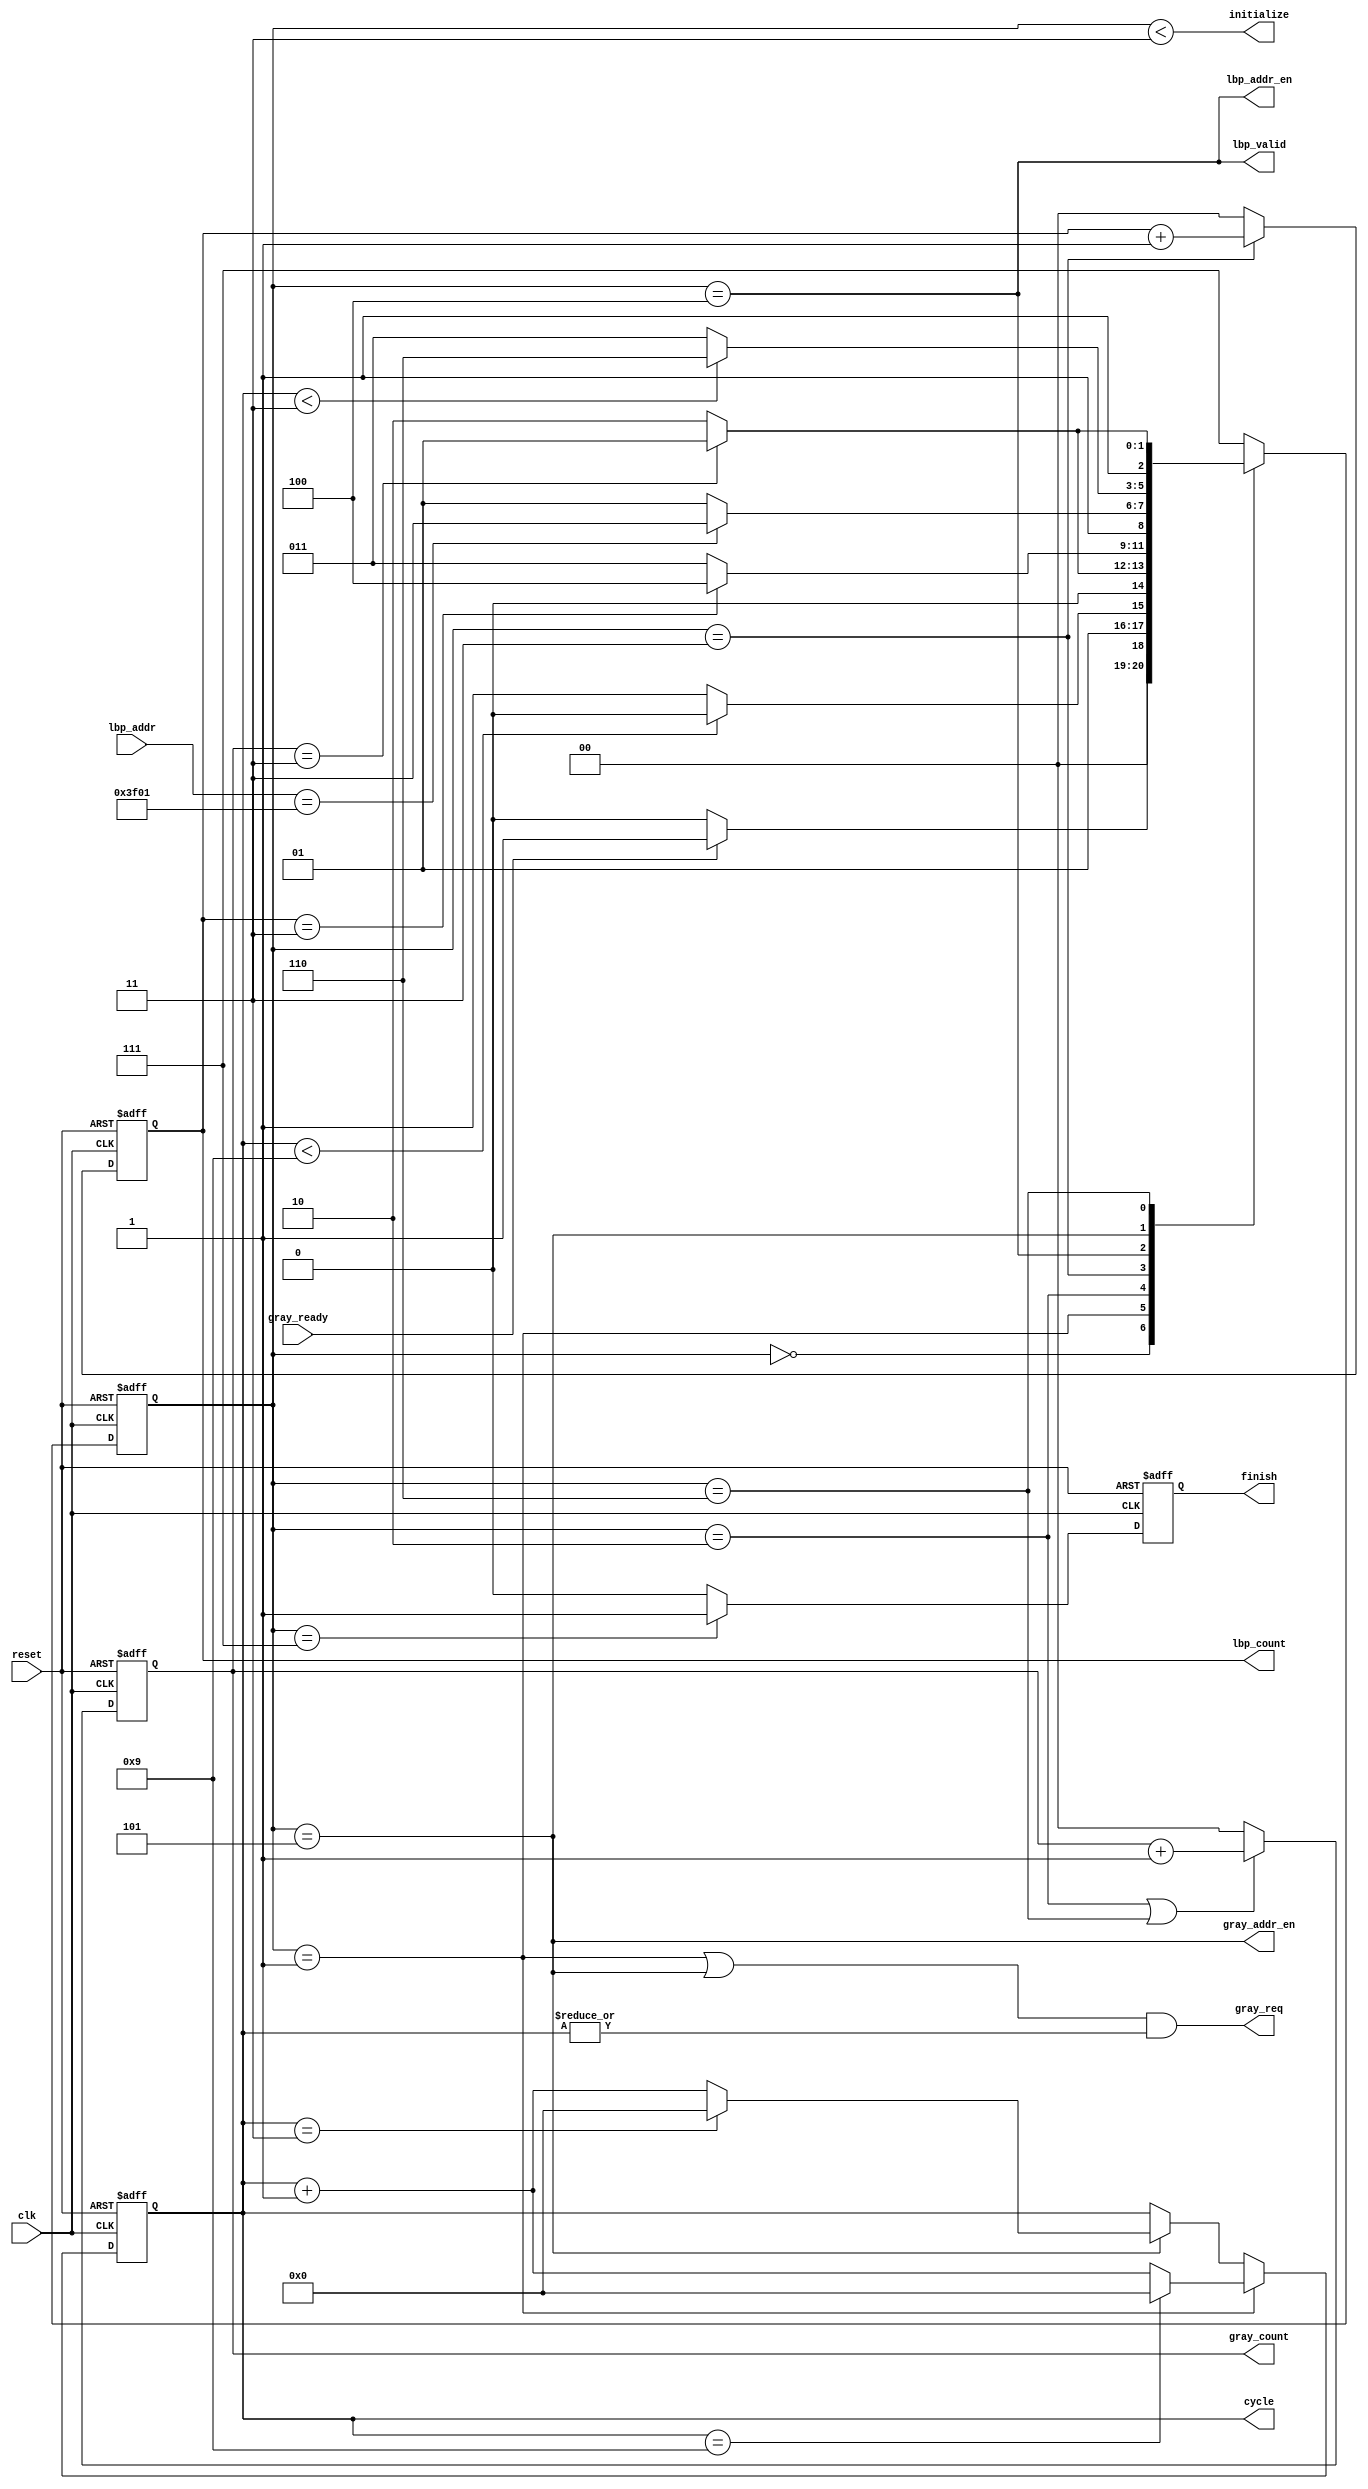
`timescale 1ns/10ps
module FSM(
    clk, reset,
    gray_ready, gray_req, lbp_addr, lbp_valid,
    gray_count, lbp_count, cycle,
    initialize, gray_addr_en, lbp_addr_en,
    finish
);
input clk, reset, gray_ready;
input [13:0] lbp_addr;
output initialize, gray_addr_en, lbp_addr_en, gray_req, lbp_valid;
output reg [3:0] cycle;
output reg [1:0] gray_count, lbp_count;
output reg finish;
reg [2:0] cs, ns;

always @(posedge clk or posedge reset) begin
    if (reset) begin
        cs <= 3'd0;
    end
    else begin
        cs <= ns;
    end
end
always @(*) begin
    case(cs)
        3'd0: ns = (gray_ready) ? 3'd1 : 3'd0;                  //initial state
        3'd1: ns = (cycle < 4'd9) ? 3'd2 : 3'd3;                //cycle increase until 9
        3'd2: ns = (gray_count == 2'd3) ? 3'd1 : 3'd2;          //Gray DS (4 times)
        3'd3: ns = (lbp_count == 2'd3) ? 3'd4 : 3'd3;           //Lbp  DS (4 times)
        3'd4: ns = (lbp_addr == {7'd126, 7'd1}) ? 3'd7 : 3'd5;  //modifiy lbp_addr & check whether lbp_addr is at final position
        3'd5: ns = (cycle < 4'd3) ? 3'd6 : 3'd3;                //cycle increase until 3
        3'd6: ns = (gray_count == 2'd3) ? 3'd5 : 3'd6;          //Gray DS (4 times)
        default: ns = 3'd7;                                     //all process are finished
    endcase
end

// gray_req also work as an "enable" in GDM
assign gray_req = (cs == 3'd1 || cs == 3'd5) & (|cycle); //cycle need to be > 4'd0 since gray_addr_qtr at the first cycle = 4'd0 is not correct.
assign lbp_valid = (cs == 3'd4);
assign initialize = (cs < 3'd3);
assign gray_addr_en = (cs == 3'd5);
assign lbp_addr_en = (cs == 3'd4);

// The goal is to prevent glitch when performing logic simulation!
always @(posedge clk or posedge reset) begin
    if (reset) begin
        finish <= 1'b0;
    end
    else if (cs == 3'd7) begin
        finish <= 1'b1;
    end
    else begin
        finish <= 1'b0;
    end
end


always @(posedge clk or posedge reset) begin
    if (reset) begin
        cycle <= 4'd0;
    end
    else if (cs == 3'd1) begin
        cycle <= (cycle == 4'd9) ? 4'd0 : cycle + 1'd1;
    end
    else if (cs == 3'd5) begin
        cycle <= (cycle == 4'd3) ? 4'd0 : cycle + 1'd1;
    end
    else begin
        cycle <= cycle;
    end
end

always @(posedge clk or posedge reset) begin
    if (reset) begin
        gray_count <= 2'd0;
    end
    else if (cs == 3'd2 || cs == 3'd6) begin
        gray_count <= gray_count + 1'd1;
    end
    else begin
        gray_count <= 2'd0;
    end
end
always @(posedge clk or posedge reset) begin
    if (reset) begin
        lbp_count <= 2'd0;
    end
    else if (cs == 3'd3) begin
        lbp_count <= lbp_count + 1'd1;
    end
    else begin
        lbp_count <= 2'd0;
    end
end
endmodule